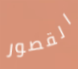
القصور